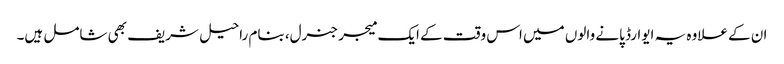
ان کے علاوہ یہ ایوارڈ پانے والوں میں اس وقت کے ایک میجر جنرل، بنام راحیل شریف بھی شامل ہیں۔